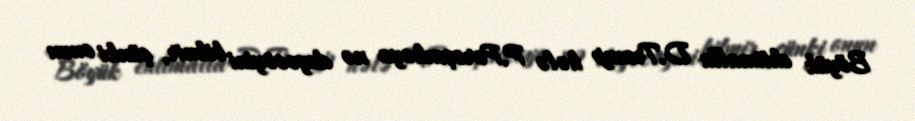
Böyük ehtimalla D.Tramp hələ P.Poroşenkoya nə deyəcəyini bilmir, çünki onun